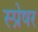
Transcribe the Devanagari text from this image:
स्प्रेषर